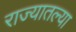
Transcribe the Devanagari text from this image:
राज्‍यातल्‍या